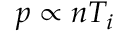
p \propto n T _ { i }